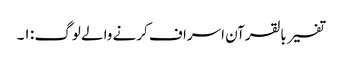
تفسیر بالقرآن اسراف کرنے والے لوگ : ١۔